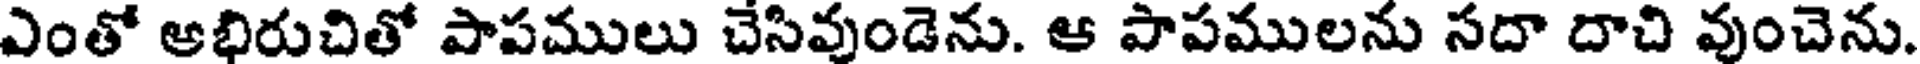
ఎంతో ఆభిరుచితో పాపములు చేసివుండెను. ఆ పాపములను సదా దాచి వుంచెను.